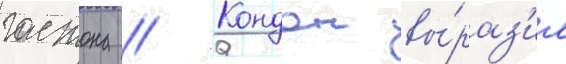
гастона // Кондон вы́раз'ил